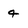
Character: 4